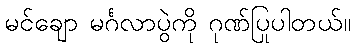
မင်ချော မင်္ဂလာပွဲကို ဂုဏ်ပြုပါတယ်။